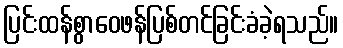
ပြင်းထန်စွာဝေဖန်ပြစ်တင်ခြင်းခံခဲ့ရသည်။